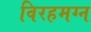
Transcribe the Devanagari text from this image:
विरहमग्न